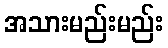
အသားမည်းမည်း